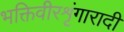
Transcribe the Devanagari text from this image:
भक्तिवीरशृंगारादी